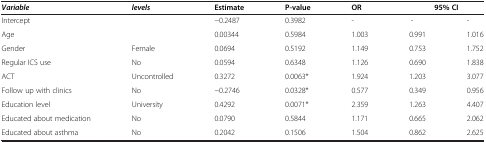
| Variable | levels | Estimate | P-value | OR | <COLSPAN=2> 95% CI |
 | --- | --- | --- | --- | --- | --- | --- |
 | Intercept |  | −0.2487 | 0.3982 | - | - | - |
 | Age |  | 0.00344 | 0.5984 | 1.003 | 0.991 | 1.016 |
 | Gender | Female | 0.0694 | 0.5192 | 1.149 | 0.753 | 1.752 |
 | Regular ICS use | No | 0.0594 | 0.6348 | 1.126 | 0.690 | 1.838 |
 | ACT | Uncontrolled | 0.3272 | 0.0063* | 1.924 | 1.203 | 3.077 |
 | Follow up with clinics | No | −0.2746 | 0.0328* | 0.577 | 0.349 | 0.956 |
 | Education level | University | 0.4292 | 0.0071* | 2.359 | 1.263 | 4.407 |
 | Educated about medication | No | 0.0790 | 0.5844 | 1.171 | 0.665 | 2.062 |
 | Educated about asthma | No | 0.2042 | 0.1506 | 1.504 | 0.862 | 2.625 |